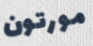
مورتون